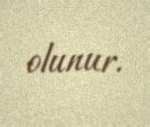
olunur.